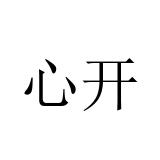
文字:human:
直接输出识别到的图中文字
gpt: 心开